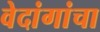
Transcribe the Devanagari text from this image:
वेदांगांचा